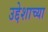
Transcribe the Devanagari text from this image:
उद्देशाच्या